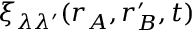
\xi _ { \lambda \lambda ^ { \prime } } ( \boldsymbol { r } _ { A } , \boldsymbol { r } _ { B } ^ { \prime } , t )